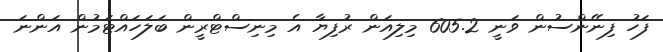
ފަހު ފިނޭންސުން ވަނީ 605.2 މިލިއަން ރުފިޔާ އެ މިނިސްޓްރީން ބަލަހައްޓަމުން އަންނަ